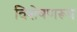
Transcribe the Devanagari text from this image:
विशेषणरूप